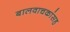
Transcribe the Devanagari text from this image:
बालवाचकांसह